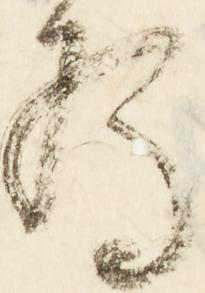
為